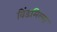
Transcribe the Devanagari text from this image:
विंडमिल्स